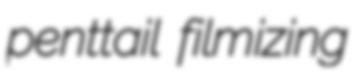
penttail filmizing